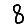
Digit: 8